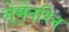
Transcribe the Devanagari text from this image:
लेमेनरिन